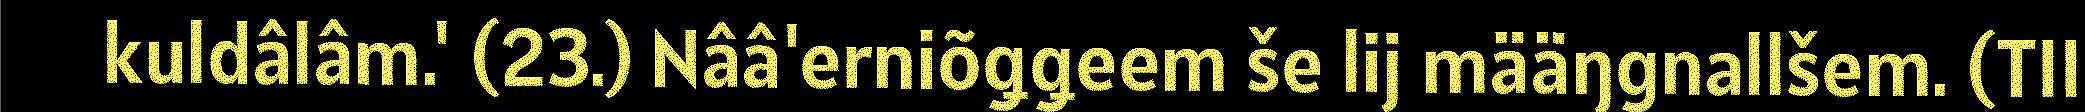
kuldâlâm.' (23.) Nââ'erniõǥǥeem še lij määŋgnallšem. (TII